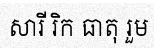
សារី រិក ធាតុ រួម